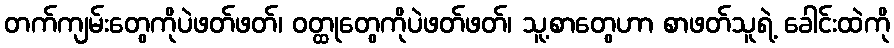
တက်ကျမ်းတွေကိုပဲဖတ်ဖတ်၊ ဝတ္ထုတွေကိုပဲဖတ်ဖတ်၊ သူ့စာတွေဟာ စာဖတ်သူရဲ့ ခေါင်းထဲကို